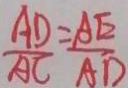
\frac { A D } { A C } = \frac { A E } { A D }